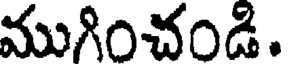
ముగించండి.